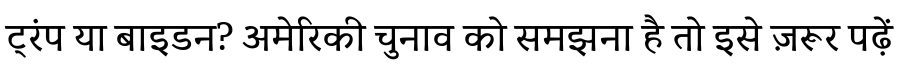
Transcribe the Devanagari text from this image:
ट्रंप या बाइडन? अमेरिकी चुनाव को समझना है तो इसे ज़रूर पढ़ें